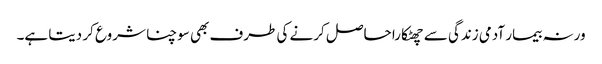
ورنہ بیمار آدمی زندگی سے چھٹکارا حاصل کرنے کی طرف بھی سوچنا شروع کر دیتا ہے۔